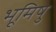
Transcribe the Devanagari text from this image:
भूमिषु